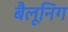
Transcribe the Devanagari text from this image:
बैलूनिंग